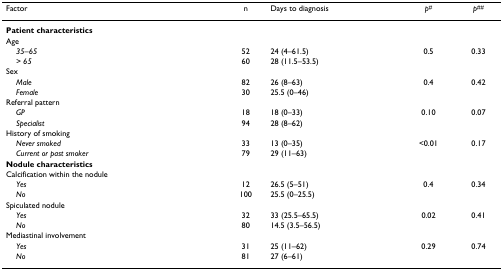
| Factor | n | Days to diagnosis | p# | p## |
 | --- | --- | --- | --- | --- |
 | Patient characteristics |  |  |  |  |
 | Age |  |  |  |  |
 | 35–65 | 52 | 24 (4–61.5) | 0.5 | 0.33 |
 | > 65 | 60 | 28 (11.5–53.5) |  |  |
 | Sex |  |  |  |  |
 | Male | 82 | 26 (8–63) | 0.4 | 0.42 |
 | Female | 30 | 25.5 (0–46) |  |  |
 | Referral pattern |  |  |  |  |
 | GP | 18 | 18 (0–33) | 0.10 | 0.07 |
 | Specialist | 94 | 28 (8–62) |  |  |
 | History of smoking |  |  |  |  |
 | Never smoked | 33 | 13 (0–35) | <0.01 | 0.17 |
 | Current or past smoker | 79 | 29 (11–63) |  |  |
 | Nodule characteristics |  |  |  |  |
 | Calcification within the nodule |  |  |  |  |
 | Yes | 12 | 26.5 (5–51) | 0.4 | 0.34 |
 | No | 100 | 25.5 (0–25.5) |  |  |
 | Spiculated nodule |  |  |  |  |
 | Yes | 32 | 33 (25.5–65.5) | 0.02 | 0.41 |
 | No | 80 | 14.5 (3.5–56.5) |  |  |
 | Mediastinal involvement |  |  |  |  |
 | Yes | 31 | 25 (11–62) | 0.29 | 0.74 |
 | No | 81 | 27 (6–61) |  |  |